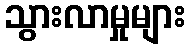
သွားလာမှုများ